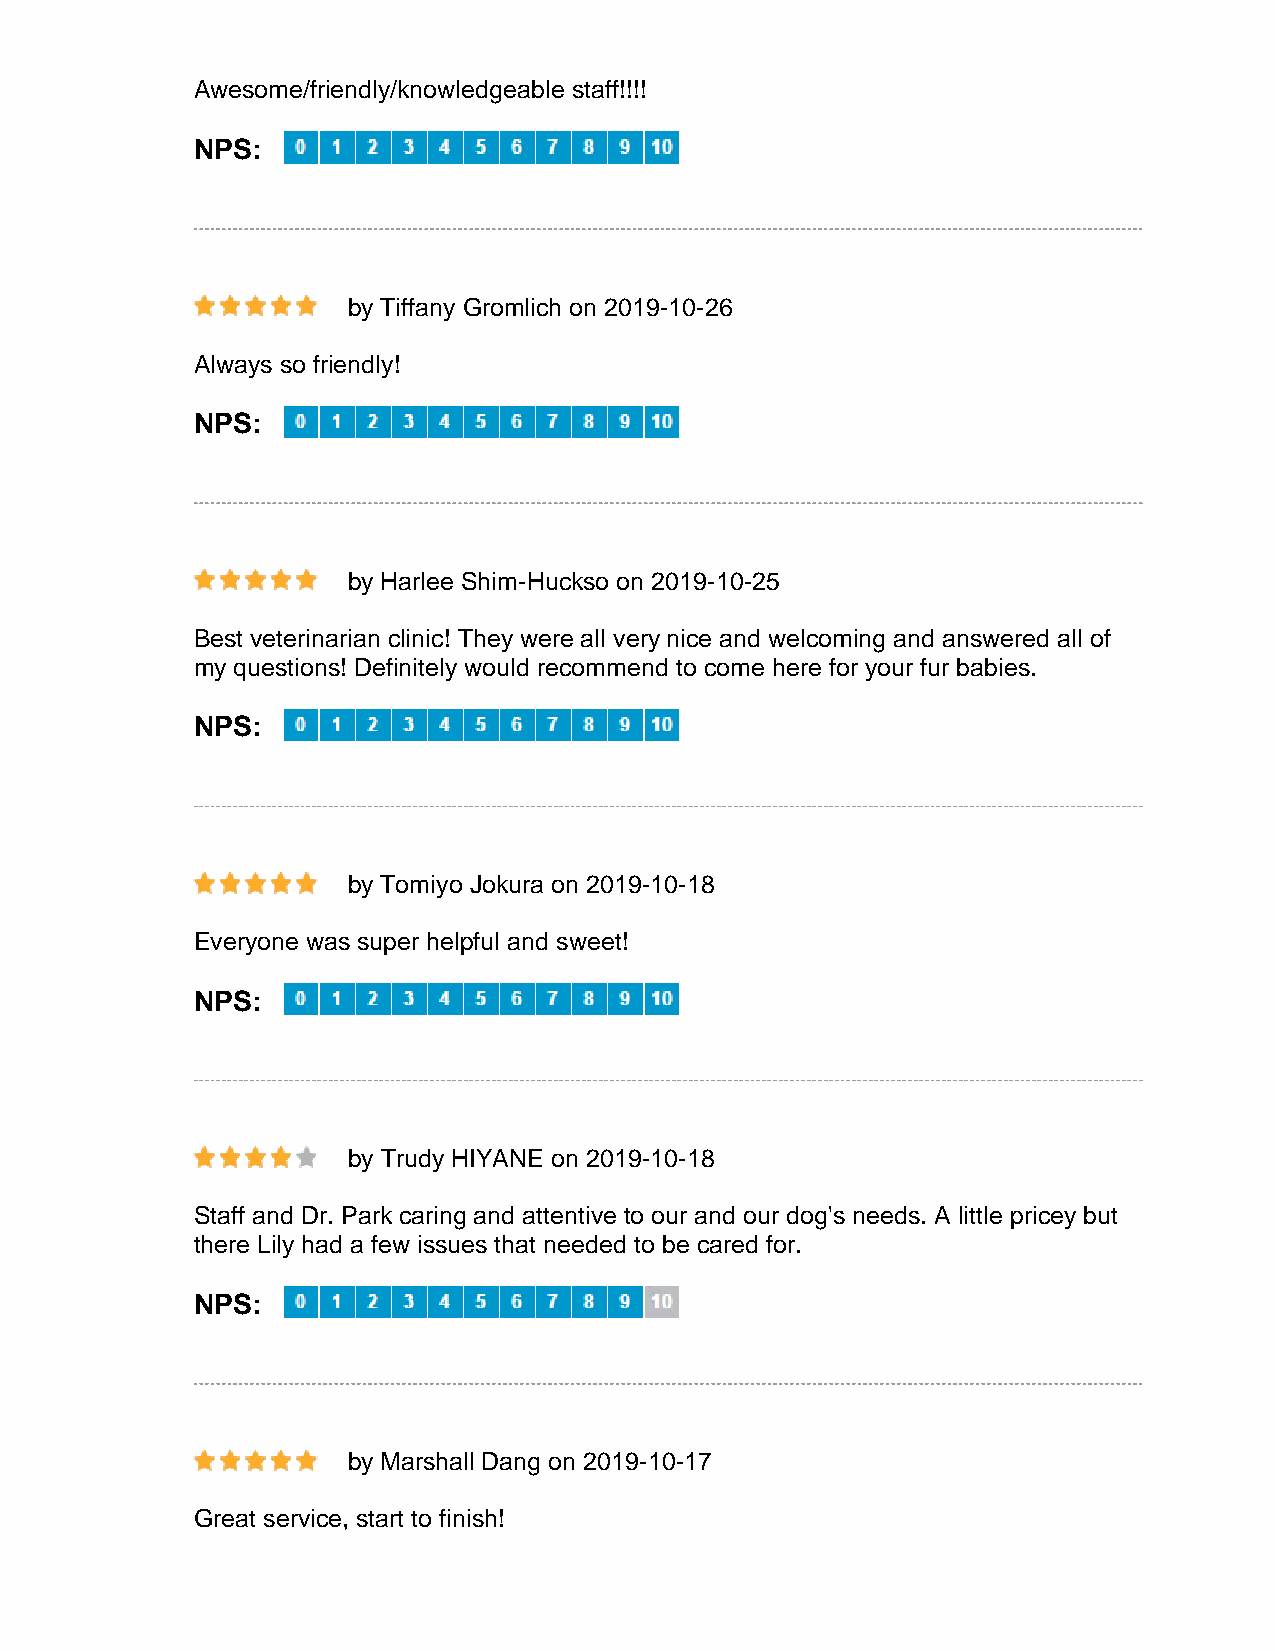
Awesome/friendly/knowledgeable staff!!!!
 NPS:
 by Tiffany Gromlich on 2019-10-26
 Always so friendly!
 NPS:
 by Harlee Shim-Huckso on 2019-10-25
 Best veterinarian clinic! They were all very nice and welcoming and answered all of
 my questions! Definitely would recommend to come here for your fur babies.
 NPS:
 by Tomiyo Jokura on 2019-10-18
 Everyone was super helpful and sweet!
 NPS:
 by Trudy HIYANE on 2019-10-18
 Staff and Dr. Park caring and attentive to our and our dog's needs. A little pricey but
 there Lily had a few issues that needed to be cared for.
 NPS:
 by Marshall Dang on 2019-10-17
 Great service, start to finish!